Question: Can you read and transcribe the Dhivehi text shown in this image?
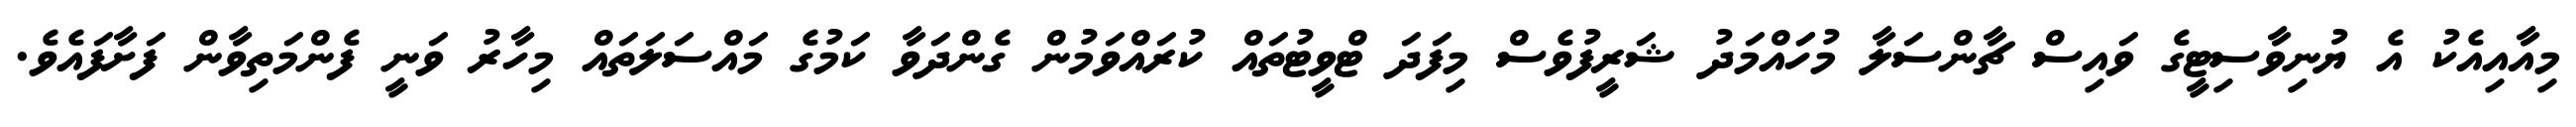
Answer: މިއާއިއެކު އެ ޔުނިވާސިޓީގެ ވައިސް ޗާންސަލާ މުހަައްމަދު ޝަރީފުވެސް މިފަދަ ޓްވީޓުތައް ކުރައްވަމުން ގެންދަވާ ކަމުގެ މައްސަލަތައް މިހާރު ވަނީ ފެންމަތިވާން ފަށާފައެވެ.